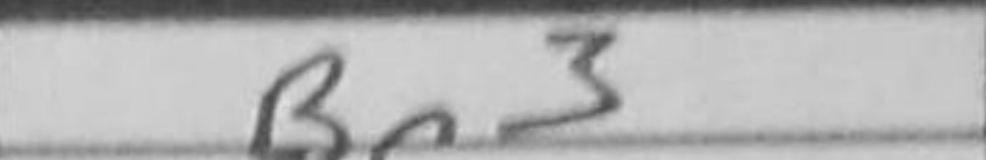
Transcription: Bc3